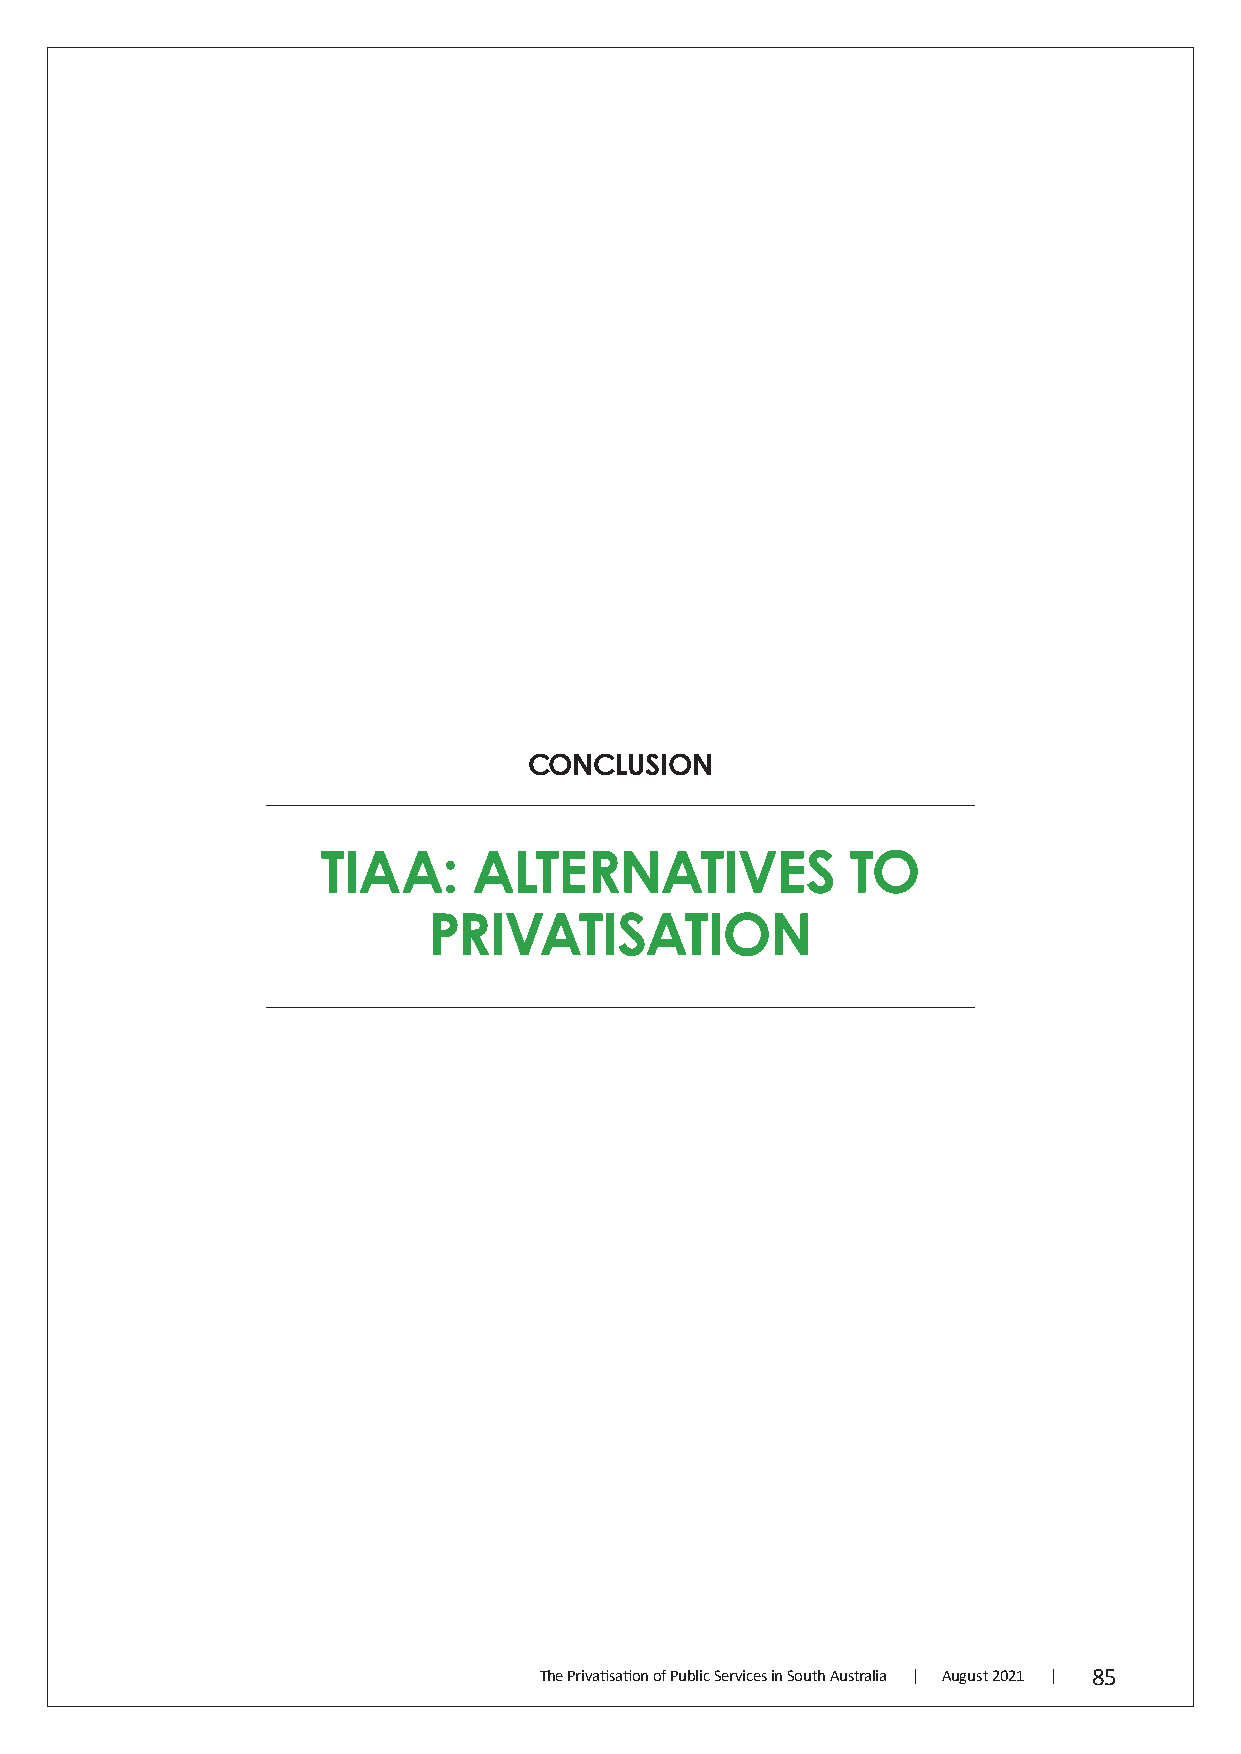
CONCLUSION
 TIAA:     ALTERNATIVES             TO
 PRIVATISATION
 The Privatisation of Public Services in South Australia | August 2021 | 85